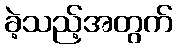
ခဲ့သည့်အတွက်